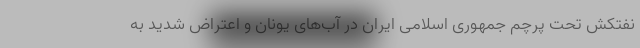
نفتکش تحت پرچم جمهوری اسلامی ایران در آب‌های یونان و اعتراض شدید به